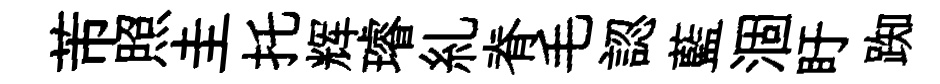
芾照圭托辉璿糺脊毛認藍涸盱踟